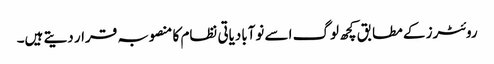
روئٹرز کے مطابق کچھ لوگ اسے نوآبادیاتی نظام کا منصوبہ قرار دیتے ہیں۔